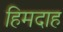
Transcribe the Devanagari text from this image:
हिमदाह